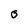
Character: O